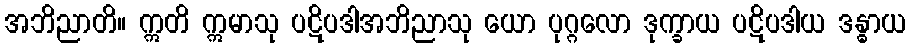
အဘိညာတိ။ ဣတိ ဣမာသု ပဋိပဒါအဘိညာသု ယော ပုဂ္ဂလော ဒုက္ခာယ ပဋိပဒါယ ဒန္ဓာယ